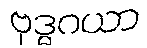
ဗုဒ္ဓဂယာ